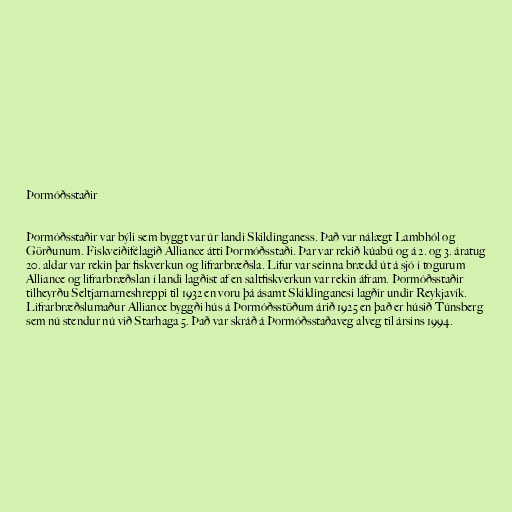
Þormóðsstaðir

Þormóðsstaðir var býli sem byggt var úr landi Skildinganess. Það var nálægt Lambhól og
Görðunum. Fiskveiðifélagið Alliance átti Þormóðsstaði. Þar var rekið kúabú og á 2. og 3. áratug
20. aldar var rekin þar fiskverkun og lifrarbræðsla. Lifur var seinna brædd út á sjó í togurum
Alliance og lifrarbræðslan í landi lagðist af en saltfiskverkun var rekin áfram. Þormóðsstaðir
tilheyrðu Seltjarnarneshreppi til 1932 en voru þá ásamt Skildinganesi lagðir undir Reykjavík.
Lifrarbræðslumaður Alliance byggði hús á Þormóðsstöðum árið 1925 en það er húsið Túnsberg
sem nú stendur nú við Starhaga 5. Það var skráð á Þormóðsstaðaveg alveg til ársins 1994.